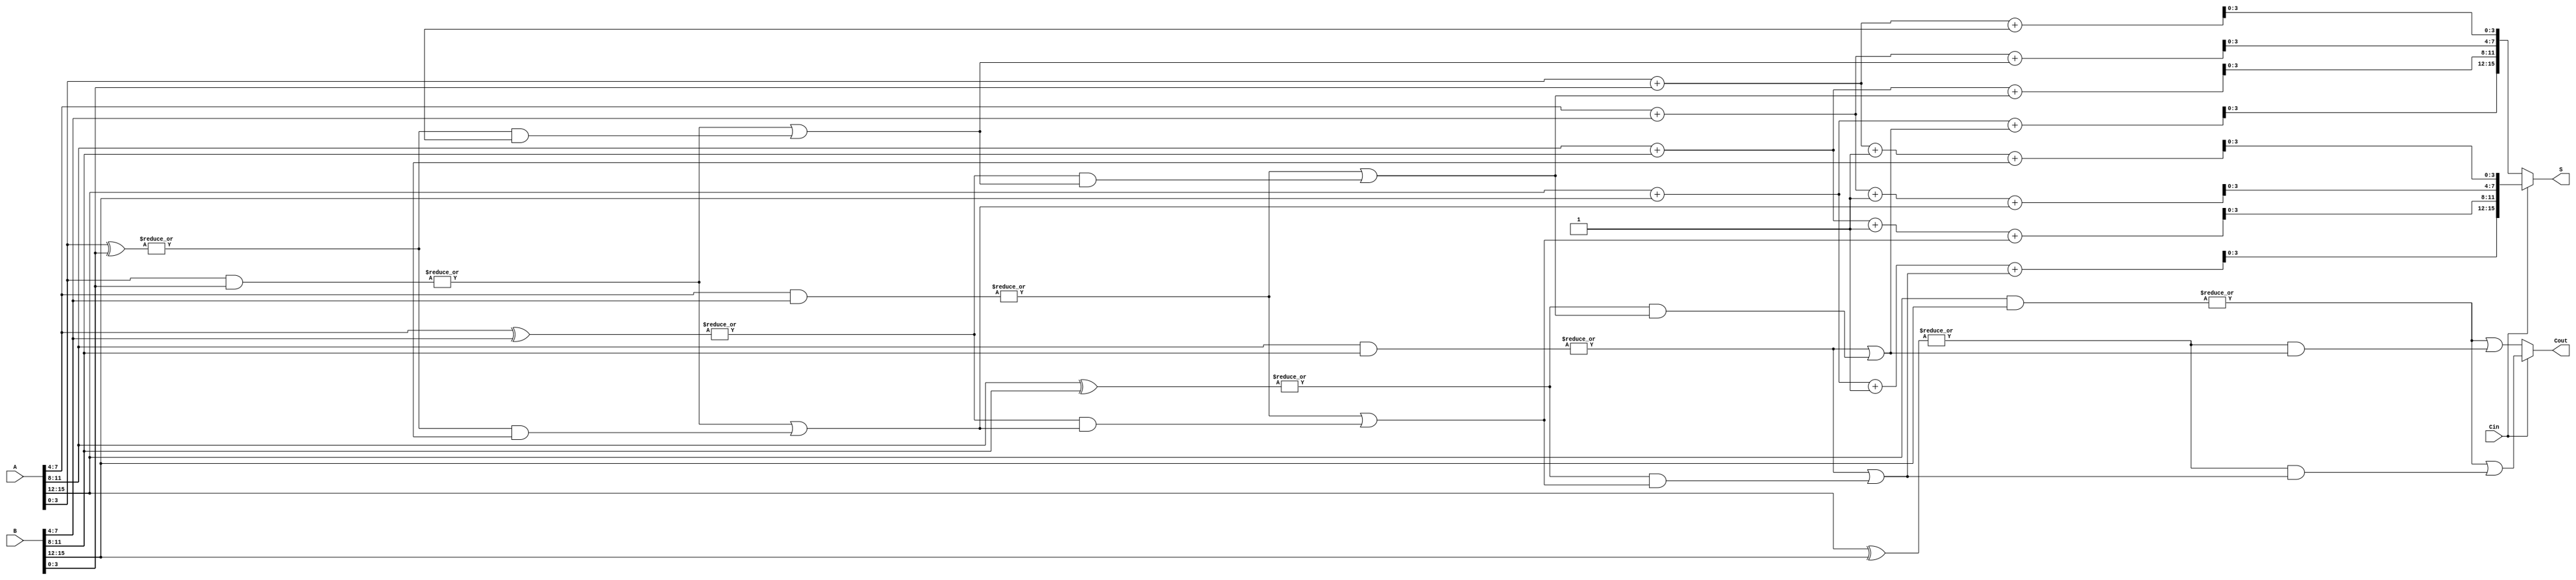
module carry_select_adder #(
    parameter N = 16,  // Total number of bits
    parameter M = 4    // Segment size
) (
    input [N-1:0] A,   // Input A
    input [N-1:0] B,   // Input B
    input Cin,         // Carry input
    output [N-1:0] S,  // Sum output
    output Cout        // Carry output
);

    localparam SEGMENTS = N / M;

    wire [M:0] carry0;  // Carry outputs assuming Cin = 0
    wire [M:0] carry1;  // Carry outputs assuming Cin = 1
    wire [N-1:0] sum0;   // Sums assuming Cin = 0
    wire [N-1:0] sum1;   // Sums assuming Cin = 1

    genvar i;
    generate
        for (i = 0; i < SEGMENTS; i = i + 1) begin: segment
            wire [M-1:0] a_segment = A[i*M +: M];
            wire [M-1:0] b_segment = B[i*M +: M];
            wire p, g;

            // Generate propagate and generate signals
            assign p = |(a_segment ^ b_segment);
            assign g = |(a_segment & b_segment);

            // Calculate sum and carry for Cin = 0
            assign {carry0[i+1], sum0[i*M +: M]} = a_segment + b_segment + carry0[i];

            // Calculate sum and carry for Cin = 1
            assign {carry1[i+1], sum1[i*M +: M]} = a_segment + b_segment + 1'b1 + carry1[i];

            // Carry lookahead logic
            assign carry0[i+1] = g | (p & carry0[i]);
            assign carry1[i+1] = g | (p & carry1[i]);
        end
    endgenerate

    // Final carry-out
    assign Cout = (Cin) ? carry1[SEGMENTS] : carry0[SEGMENTS];

    // Multiplexing the final sum output
    assign S = (Cin) ? sum1 : sum0;

endmodule